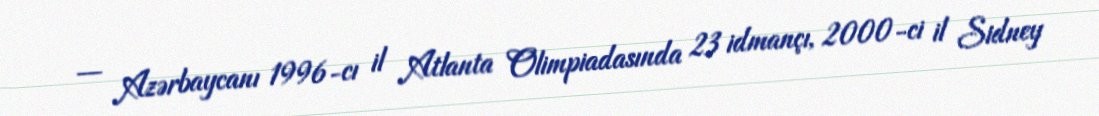
— Azərbaycanı 1996-cı il Atlanta Olimpiadasında 23 idmançı, 2000-ci il Sidney